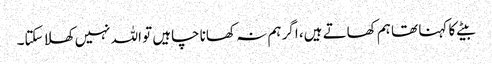
بیٹے کا کہنا تھا ہم کھاتے ہیں، اگر ہم نہ کھانا چاہیں تو اللہ نہیں کھلا سکتا۔